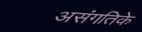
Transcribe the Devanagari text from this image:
असंगतिके